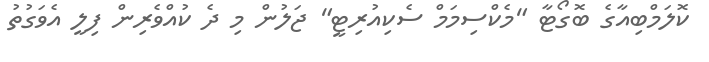
ކޮލަމްބިއާގެ ބޮގޯޓާ "މެކްސިމަމް ސެކިއުރިޓީ" ޖަލުން މި ދެ ކުއްވެރިން ފިލީ އެވަގުތު